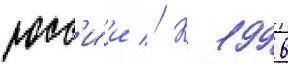
росс'и́и // К 1996